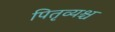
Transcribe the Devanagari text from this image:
पितृव्यश्च